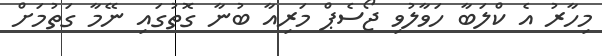
މިހާރު އެ ކްލަބާ ހަވާލުވި ޖޯސެޕް މަރިއާ ބުނާ ގޮތުގައި ނޭމާ ގަތުމަށް